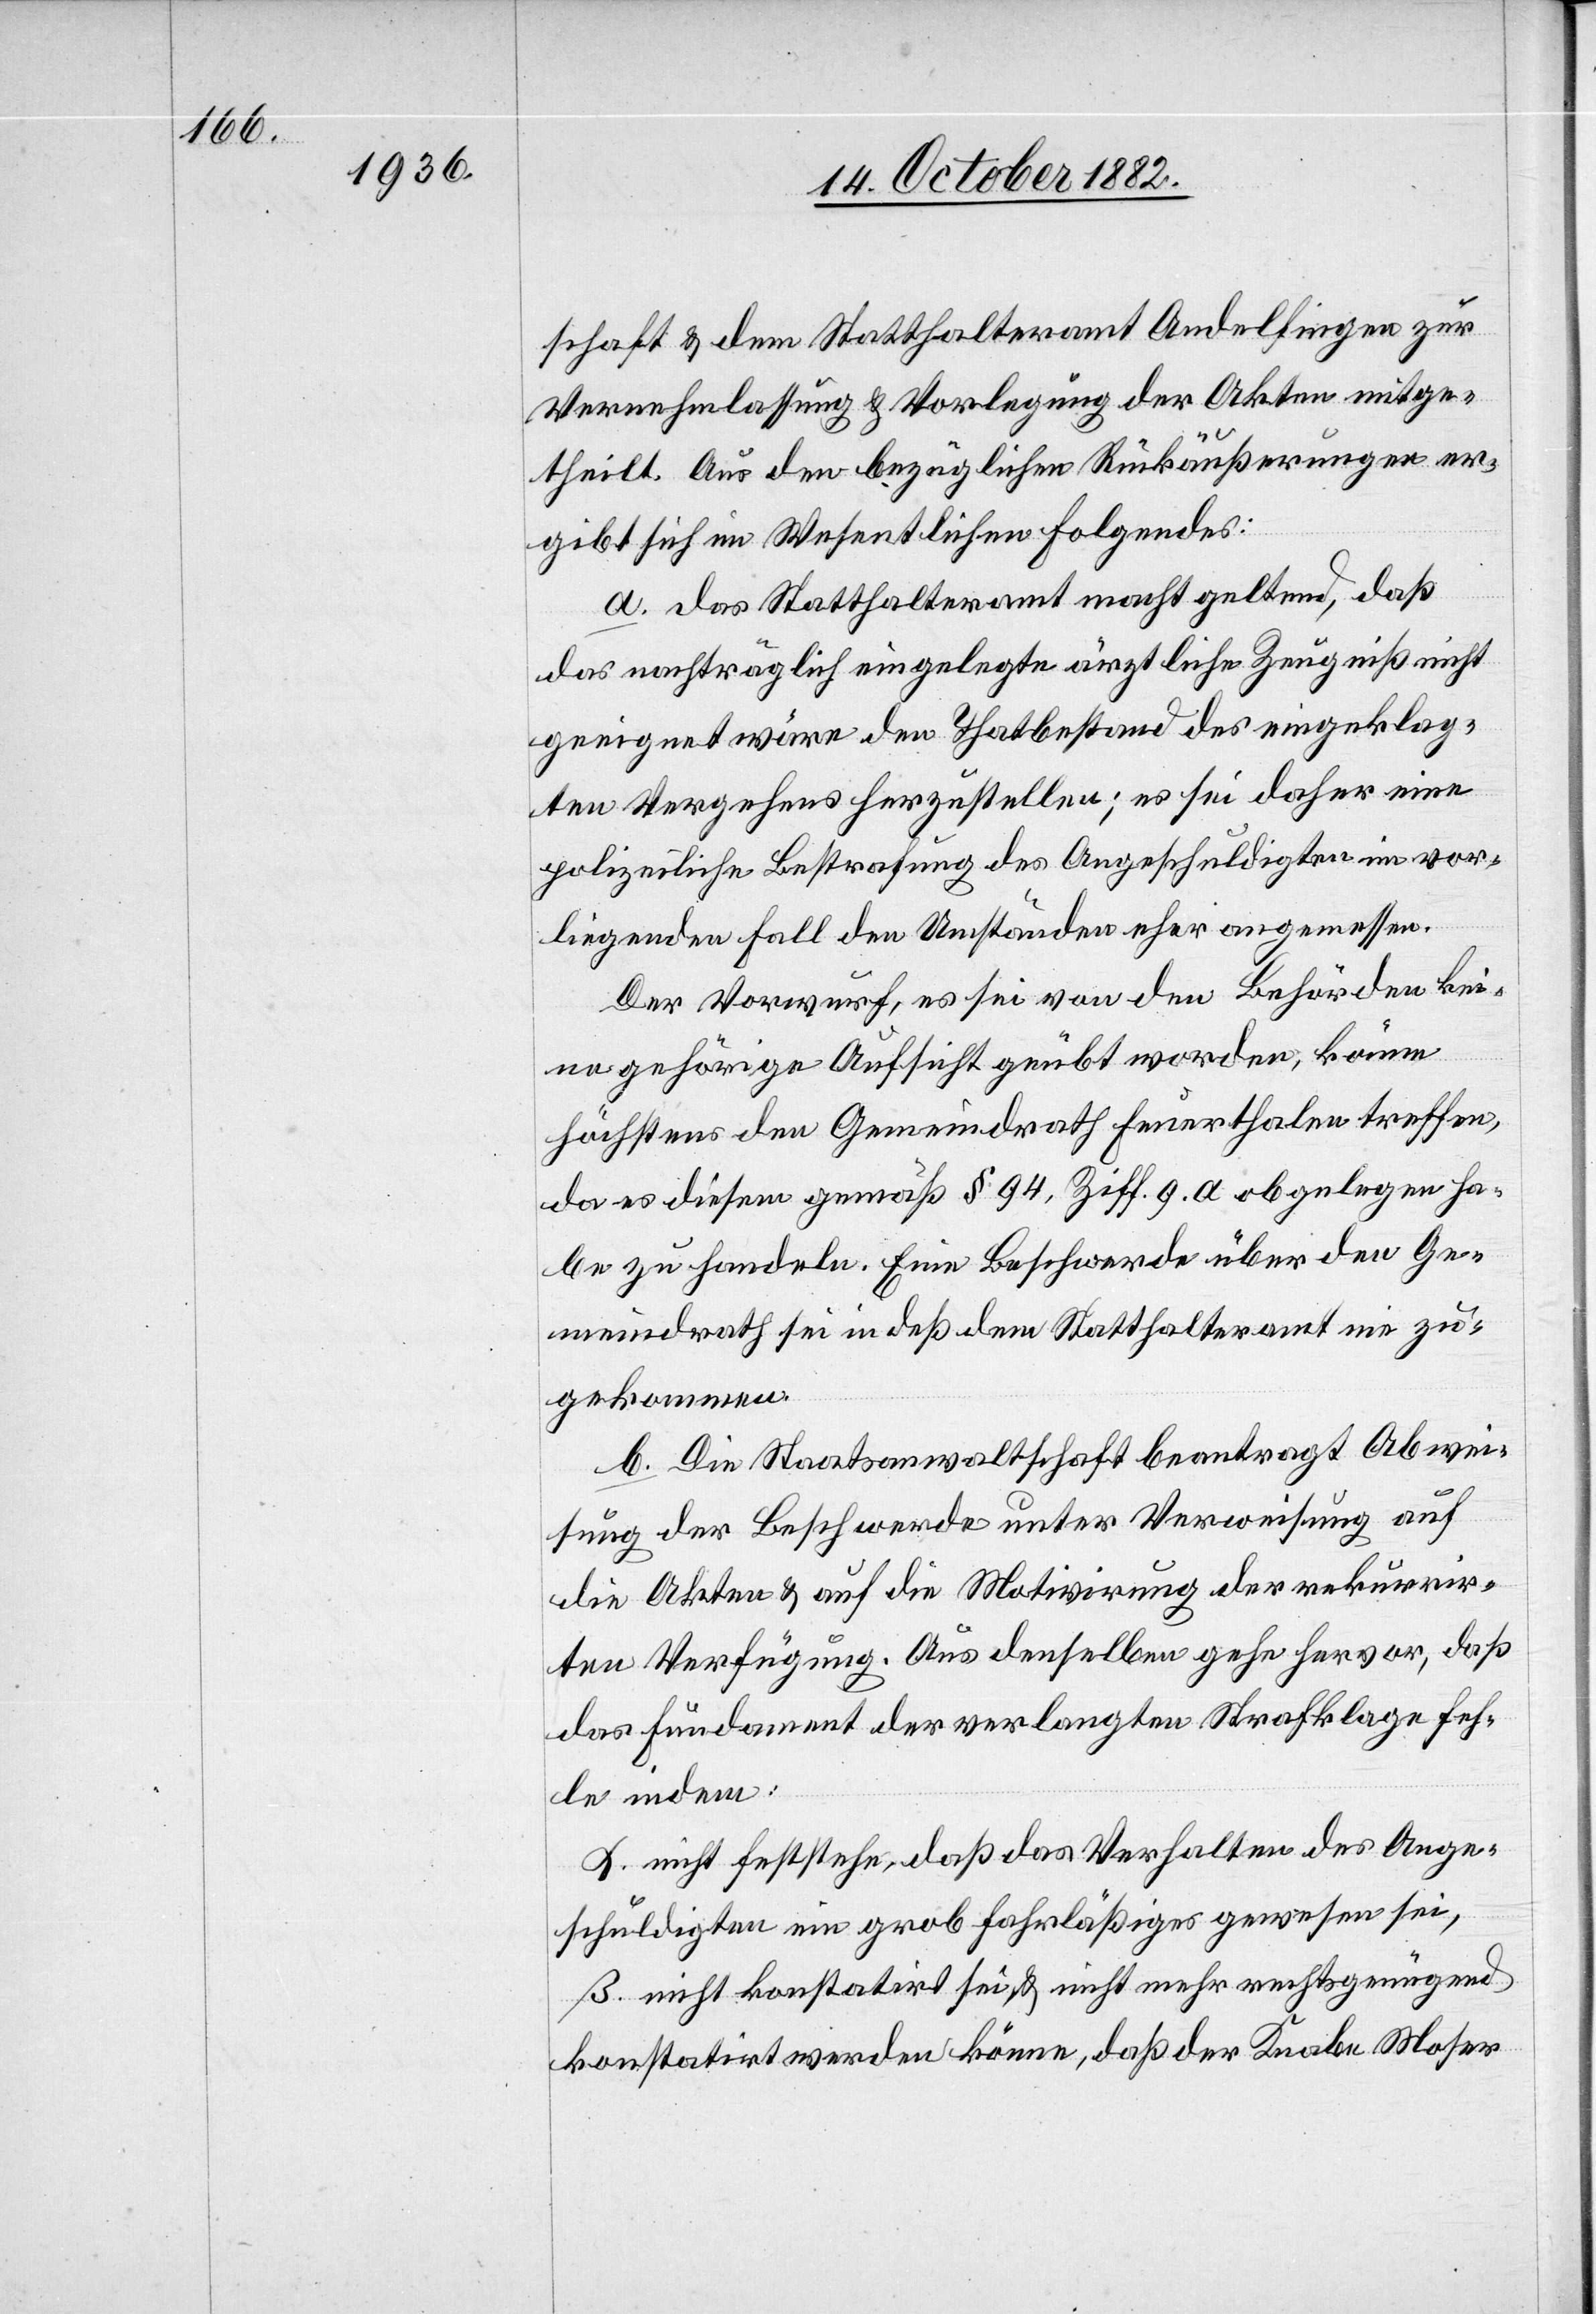
schaft & dem Statthalteramt Andelfingen zur
Vernehmlassung & Vorlegung der Akten mitge¬
theilt. Aus den bezüglichen Rückäußerungen er¬
gibt sich im Wesentlichen Folgendes:
a. das Statthalteramt macht geltend, daß
das nachträglich eingelegte ärztliche Zeugniß nicht
geeignet wäre den Thatbestand des eingeklag¬
ten Vergehens herzustellen; es sei daher eine
polizeiliche Bestrafung des Angeschuldigten im vor¬
liegenden Fall den Umständen eher angemessen.
Der Vorwurf, es sei von den Behörden kei¬
ne gehörige Aufsicht geübt worden, könne
höchstens den Gemeindrath Feuerthalen treffen,
da es diesem gemäß § 94, Ziff. 9. a. obgelegen ha¬
be zu handeln. Eine Beschwerde über den Ge¬
meindrath sei indeß dem Statthalteramt nie zu¬
gekommen.
b. Die Staatsanwaltschaft beantragt Abwei¬
sung der Beschwerde unter Verweisung auf
die Akten & auf die Motivirung der rekurrir¬
ten Verfügung. Aus denselben gehe hervor, daß
das Fundament der verlangten Strafklage feh¬
le indem:
α. nicht feststehe, daß das Verhalten des Ange¬
schuldigten ein grob fahrläßiges gewesen sei,
β. nicht konstatirt sei & nicht mehr rechtsgenügend
konstatirt werden könne, daß der Knabe Moser